Indian journal of veterinary science and animal husbandry - Volumes 18-21, 1948-1951
Year: 1948
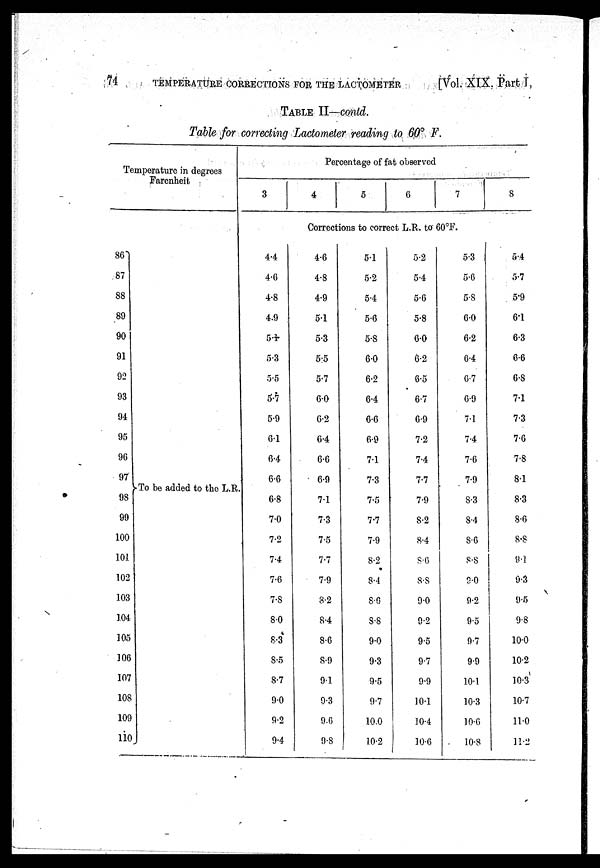
74
TEMPERATURE CORRECTIONS FOR THE LACTOMETER
[Vol. XIX, Part I,
TABLE II—contd.
Table for correcting Lactometer reading to 60º F.
Temperature in degrees
Farenheit
86
87
88
89
90
91
92
93
94
95
96
97
98
99
100
101
102
103
104
105
106
107
108
109
110
To be added to the L.R.
Percentage of fat observed
3
4
5
6
7
8
Corrections to correct L.R. to 60ºF.
4.4
4.6
4.8
4.9
5.1
5.3
5.5
5.7
5.9
6.1
6.4
6.6
6.8
7.0
7.2
7.4
7.6
7.8
8.0
8.3
8.5
8.7
9.0
9.2
9.4
4.6
4.8
4.9
5.1
5.3
5.5
5.7
6.0
6.2
6.4
6.6
6.9
7.1
7.3
7.5
7.7
7.9
8.2
8.4
8.6
8.9
9.1
9.3
9.6
9.8
5.1
5.2
5.4
5.6
5.8
6.0
6.2
6.4
6.6
6.9
7.1
7.3
7.5
7.7
7.9
8.2
8.4
8.6
8.8
9.0
9.3
9.5
9.7
10.0
10.2
5.2
5.4
5.6
5.8
6.0
6.2
6.5
6.7
6.9
7.2
7.4
7.7
7.9
8.2
8.4
8.6
8.8
9.0
9.2
9.5
9.7
9.9
10.1
10.4
10.6
5.3
5.6
5.8
6.0
6.2
6.4
6.7
6.9
7.1
7.4
7.6
7.9
8.3
8.4
8.6
8.8
8.0
9.2
9.5
9.7
9.9
10.1
10.3
10.6
10.8
5.4
5.7
5.9
6.1
6.3
6.6
6.8
7.1
7.3
7.6
7.8
8.1
8.3
8.6
8.8
9.1
9.3
9.5
9.8
10.0
10.2
10.3
10.7
11.0
11.2